Applicability to medico-legal practice in India of the biochemical tests for the origin of blood-stains - Number 39
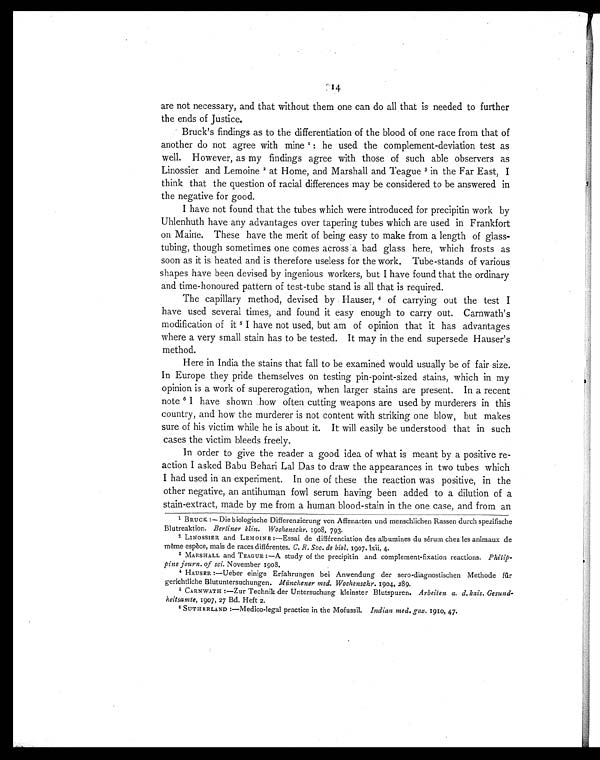
are not necessary, and that without them one can do all that is needed to further
the ends of Justice.
Bruck's findings as to the differentiation of the blood of one race from that of
another do not agree with mine 1 : h e u s e d t h e c o m p l e m e n t - d e v i a t i o n t e s t a s
well. However, as my findings agree with those of such able observers as
Linossier and Lemoine 2 at Home, and Marshall and Teague 3 in the Far East, I
think that the question of racial differences may be considered to be answered in
the negative for good.
I have not found that the tubes which were introduced for precipitin work by
Uhlenhuth have any advantages over tapering tubes which are used in Frankfort
on Maine. These have the merit of being easy to make from a length of glass-
tubing, though sometimes one comes across a bad glass here, which frosts as
soon as it is heated and is therefore useless for the work. Tube-stands of various
shapes have been devised by ingenious workers, but I have found that the ordinary
and time-honoured pattern of test-tube stand is all that is required.
The capillary method, devised by Hauser, 4 of carrying out the test I
have used several times, and found it easy enough to carry out. Carnwath's
modification of it 5 I have not used, but am of opinion that it has advantages
where a very small stain has to be tested. It may in the end supersede Hauser's
method.
Here in India the stains that fall to be examined would usually be of fair size.
In Europe they pride themselves on testing pin-point-sized stains, which in my
opinion is a work of supererogation, when larger stains are present. In a recent
note 6 I have shown how often cutting weapons are used by murderers in this
country, and how the murderer is not content with striking one blow, but makes
sure of his victim while he is about it. It will easily be understood that in such
cases the victim bleeds freely.
In order to give the reader a good idea of what is meant by a positive re-
action I asked Babu Behari Lal Das to draw the appearances in two tubes which
I had used in an experiment. In one of these the reaction was positive, in the
other negative, an antihuman fowl serum having been added to a dilution of a
stain-extract, made by me from a human blood-stain in the one case, and from an
1 BRUCK. :— Die biologische Differenzierung von Affenarten und menschlichen Rassen durch spezifische
Blutreaktion. Berliner klin. Wochenschr. 1908, 793.
2 LINOSSIER and LEMOINE :—Essai de différenciation des albumines du sérum chez les animaux de
même espèce, mais de races différentes. C. R. Soc. de biol. 1907. lxii, 4.
3 MARSHALL and TEAGUE :—A study of the precipitin and complement-fixation reactions. Philip-
pine journ. of sci. November 1908.
4
HAUSER :—Ueber einige Erfahrungen bei Anwendung der sero-diagnostischen Methode für
gerichtliche Blutuntersuchungen. Münchener med. Wochenschr. 1904, 289.
5
CARNWATH :—Zur Technik der Untersuchung kleinster Blutspuren. Arbeiten a. d. kais. Gesund-
heitsamte, 1907, 27 Bd. Heft 2.
6 SUTHERLAND :—Medico-legal practice in the Mofussil. Indian med. gaz. 1910, 47.